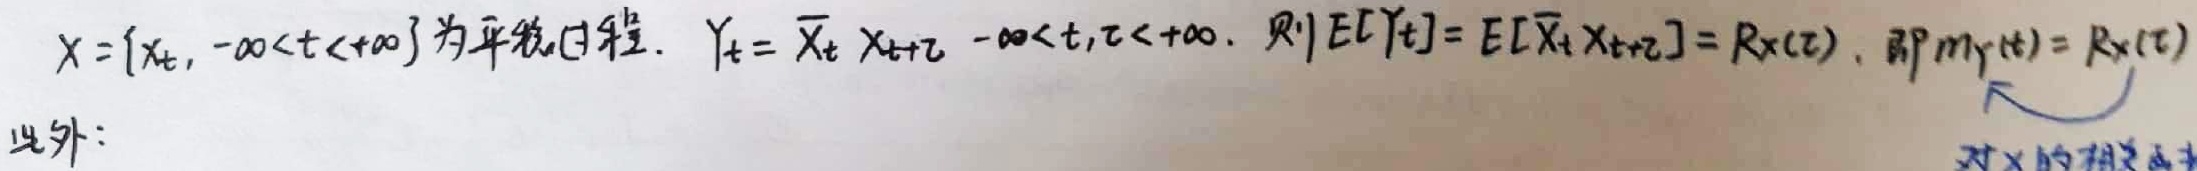
$X = \{X_t, -\infty < t < +\infty\}$ 为平稳过程. $Y_t = \overline{X_t} X_{t+\tau}\ -\infty < t,\tau < +\infty$. 则 $E[Y_t] = E[\overline{X_t} X_{t+\tau}] = R_X(\tau)$, 即 $m_Y(t) = R_X(\tau)$

此外: